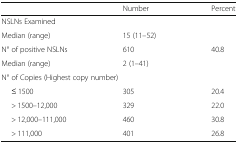
<table><thead><tr><td></td><td><b>Number</b></td><td><b>Percent</b></td></tr></thead><tbody><tr><td colspan="3">NSLNs Examined</td></tr><tr><td>Median (range)</td><td>15 (11–52)</td><td></td></tr><tr><td>N° of positive NSLNs</td><td>610</td><td rowspan="2">40.8</td></tr><tr><td>Median (range)</td><td>2 (1–41)</td></tr><tr><td colspan="3">N° of Copies (Highest copy number)</td></tr><tr><td>≤ 1500</td><td>305</td><td>20.4</td></tr><tr><td>&gt; 1500–12,000</td><td>329</td><td>22.0</td></tr><tr><td>&gt; 12,000–111,000</td><td>460</td><td>30.8</td></tr><tr><td>&gt; 111,000</td><td>401</td><td>26.8</td></tr></tbody></table>